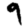
Digit: 9